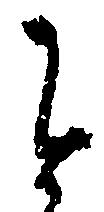
を